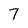
Character: 7